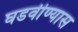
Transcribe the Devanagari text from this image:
घडवीण्यास